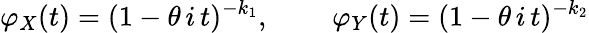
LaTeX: \varphi_{X}(t)=(1-\theta\, i\, t)^{-k_{1}},\, \qquad\varphi_{Y}(t)=(1-\theta\, i\, t)^{-k_{2}}